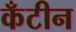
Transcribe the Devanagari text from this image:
कँटीन